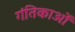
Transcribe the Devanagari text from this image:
गंतिकाओं